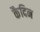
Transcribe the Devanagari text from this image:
कैदिन